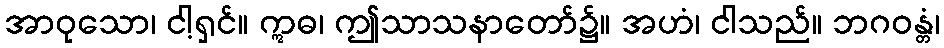
အာဝုသော၊ ငါ့ရှင်။ ဣဓ၊ ဤသာသနာတော်၌။ အဟံ၊ ငါသည်။ ဘဂဝန္တံ၊